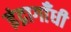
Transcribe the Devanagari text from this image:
इंद्रागाँधी